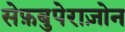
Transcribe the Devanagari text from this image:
सेफ़बुपेराज़ोन